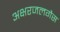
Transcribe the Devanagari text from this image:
अक्षरजलगैस